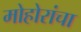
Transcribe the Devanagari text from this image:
मोहोरांचा